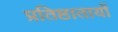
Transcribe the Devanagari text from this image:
प्रतिष्ठातायों